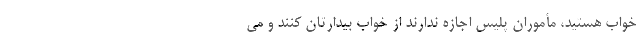
خواب هستید، مأموران پلیس اجازه ندارند از خواب بیدارتان کنند و می‌